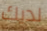
لديك